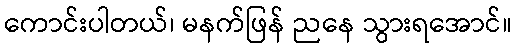
ကောင်းပါတယ်၊ မနက်ဖြန် ညနေ သွားရအောင်။